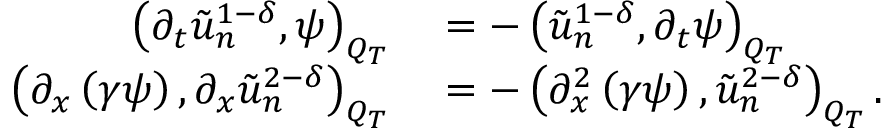
\begin{array} { r l } { \left( \partial _ { t } \tilde { u } _ { n } ^ { 1 - \delta } , \psi \right) _ { Q _ { T } } } & { { } = - \left( \tilde { u } _ { n } ^ { 1 - \delta } , \partial _ { t } \psi \right) _ { Q _ { T } } } \\ { \left( \partial _ { x } \left( \gamma \psi \right) , \partial _ { x } \tilde { u } _ { n } ^ { 2 - \delta } \right) _ { Q _ { T } } } & { { } = - \left( \partial _ { x } ^ { 2 } \left( \gamma \psi \right) , \tilde { u } _ { n } ^ { 2 - \delta } \right) _ { Q _ { T } } . } \end{array}